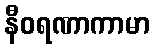
နီဝရဏာကာမာ